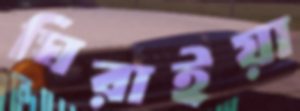
ঘিরাইয়া